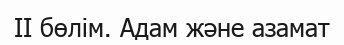
II бөлім. Адам және азамат